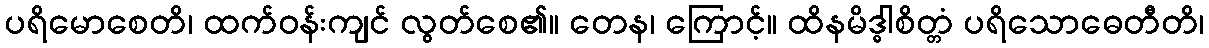
ပရိမောစေတိ၊ ထက်ဝန်းကျင် လွတ်စေ၏။ တေန၊ ကြောင့်။ ထိနမိဒ္ဓါစိတ္တံ ပရိသောဓေတီတိ၊